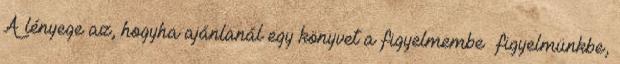
A lényege az, hogyha ajánlanál egy könyvet a figyelmembe figyelmünkbe,